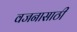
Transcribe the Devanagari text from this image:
वजनासाठी